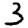
Digit: 3